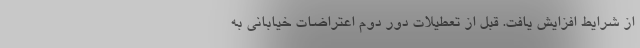
از شرایط افزایش یافت. قبل از تعطیلات دور دوم اعتراضات خیابانی به